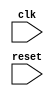
module AXI_controller (
    input wire clk,
    input wire reset,
    // Add input/output ports as needed

    // Define internal signals and registers here

    // Define control and synchronization blocks here

    // Implement timing control logic here

    // Implement synchronization logic here

    // Implement data transfer rate management here

    // Implement arbitration logic here

    // Implement data prioritization logic here

    // Implement error detection and correction mechanisms here

); 

// Instantiate the AXI_controller module here

endmodule